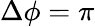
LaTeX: \Delta\phi=\pi